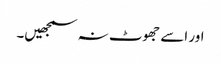
اور اسے جھوٹ نہ سمجھیں۔